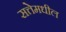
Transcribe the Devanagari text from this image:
सत्तेमधील